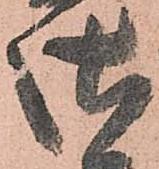
御